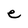
Character: e